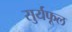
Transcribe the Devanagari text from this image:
सुर्यफूल